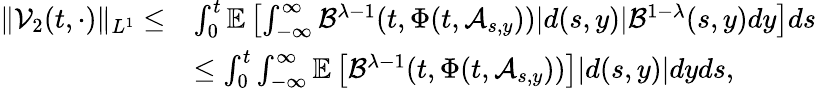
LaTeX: \begin{array}{rl}{\| \mathcal{V}_{2}(t,\cdot)\| _{L^{1}}\leq}&{\int_{0}^{t}\mathbb{E}\left[\int_{-\infty}^{\infty}\mathcal{B}^{\lambda-1}(t,\Phi(t,\mathcal{A}_{s,y}))|d(s,y)|\mathcal{B}^{1-\lambda}(s,y)dy\right]ds}\\ &{\leq\int_{0}^{t}\int_{-\infty}^{\infty}\mathbb{E}\left[\mathcal{B}^{\lambda-1}(t,\Phi(t,\mathcal{A}_{s,y}))\right]|d(s,y)|dyds,}\end{array}